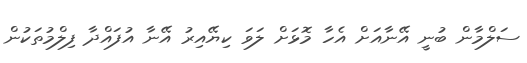
ސަލްމާން ބުނީ އޭނާއަށް އެހާ މޮޅަށް ލަވަ ކިޔޭއިރު އޭނާ އުފައްދާ ފިލްމުތަކުން